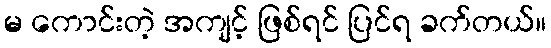
မ ကောင်းတဲ့ အကျင့် ဖြစ်ရင် ပြင်ရ ခက်တယ်။